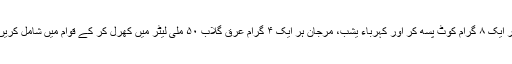
ہر ایک ۸ گرام کوٹ پسھ کر اور کہرباء یشب، مرجان ہر ایک ۴ گرام عرق گلاب ۵۰ ملی لیٹر میں کھرل کر کے قوام میں شامل کریں۔